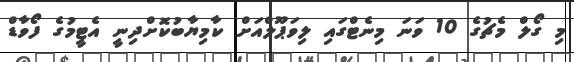
މި ގޯލް މެޗުގެ 10 ވަނަ މިނެޓްގައި ލިވަޕޫލްއަށް ކާމިޔާބުކޮށްދިނީ އެޓީމުގެ ފޯވާޑް